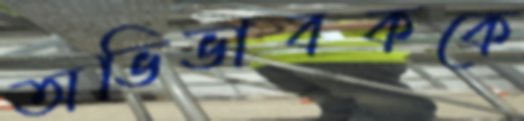
অভিভাবককে